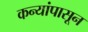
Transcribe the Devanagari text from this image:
कन्यांपासून